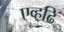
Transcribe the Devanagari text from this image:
एव्हढि